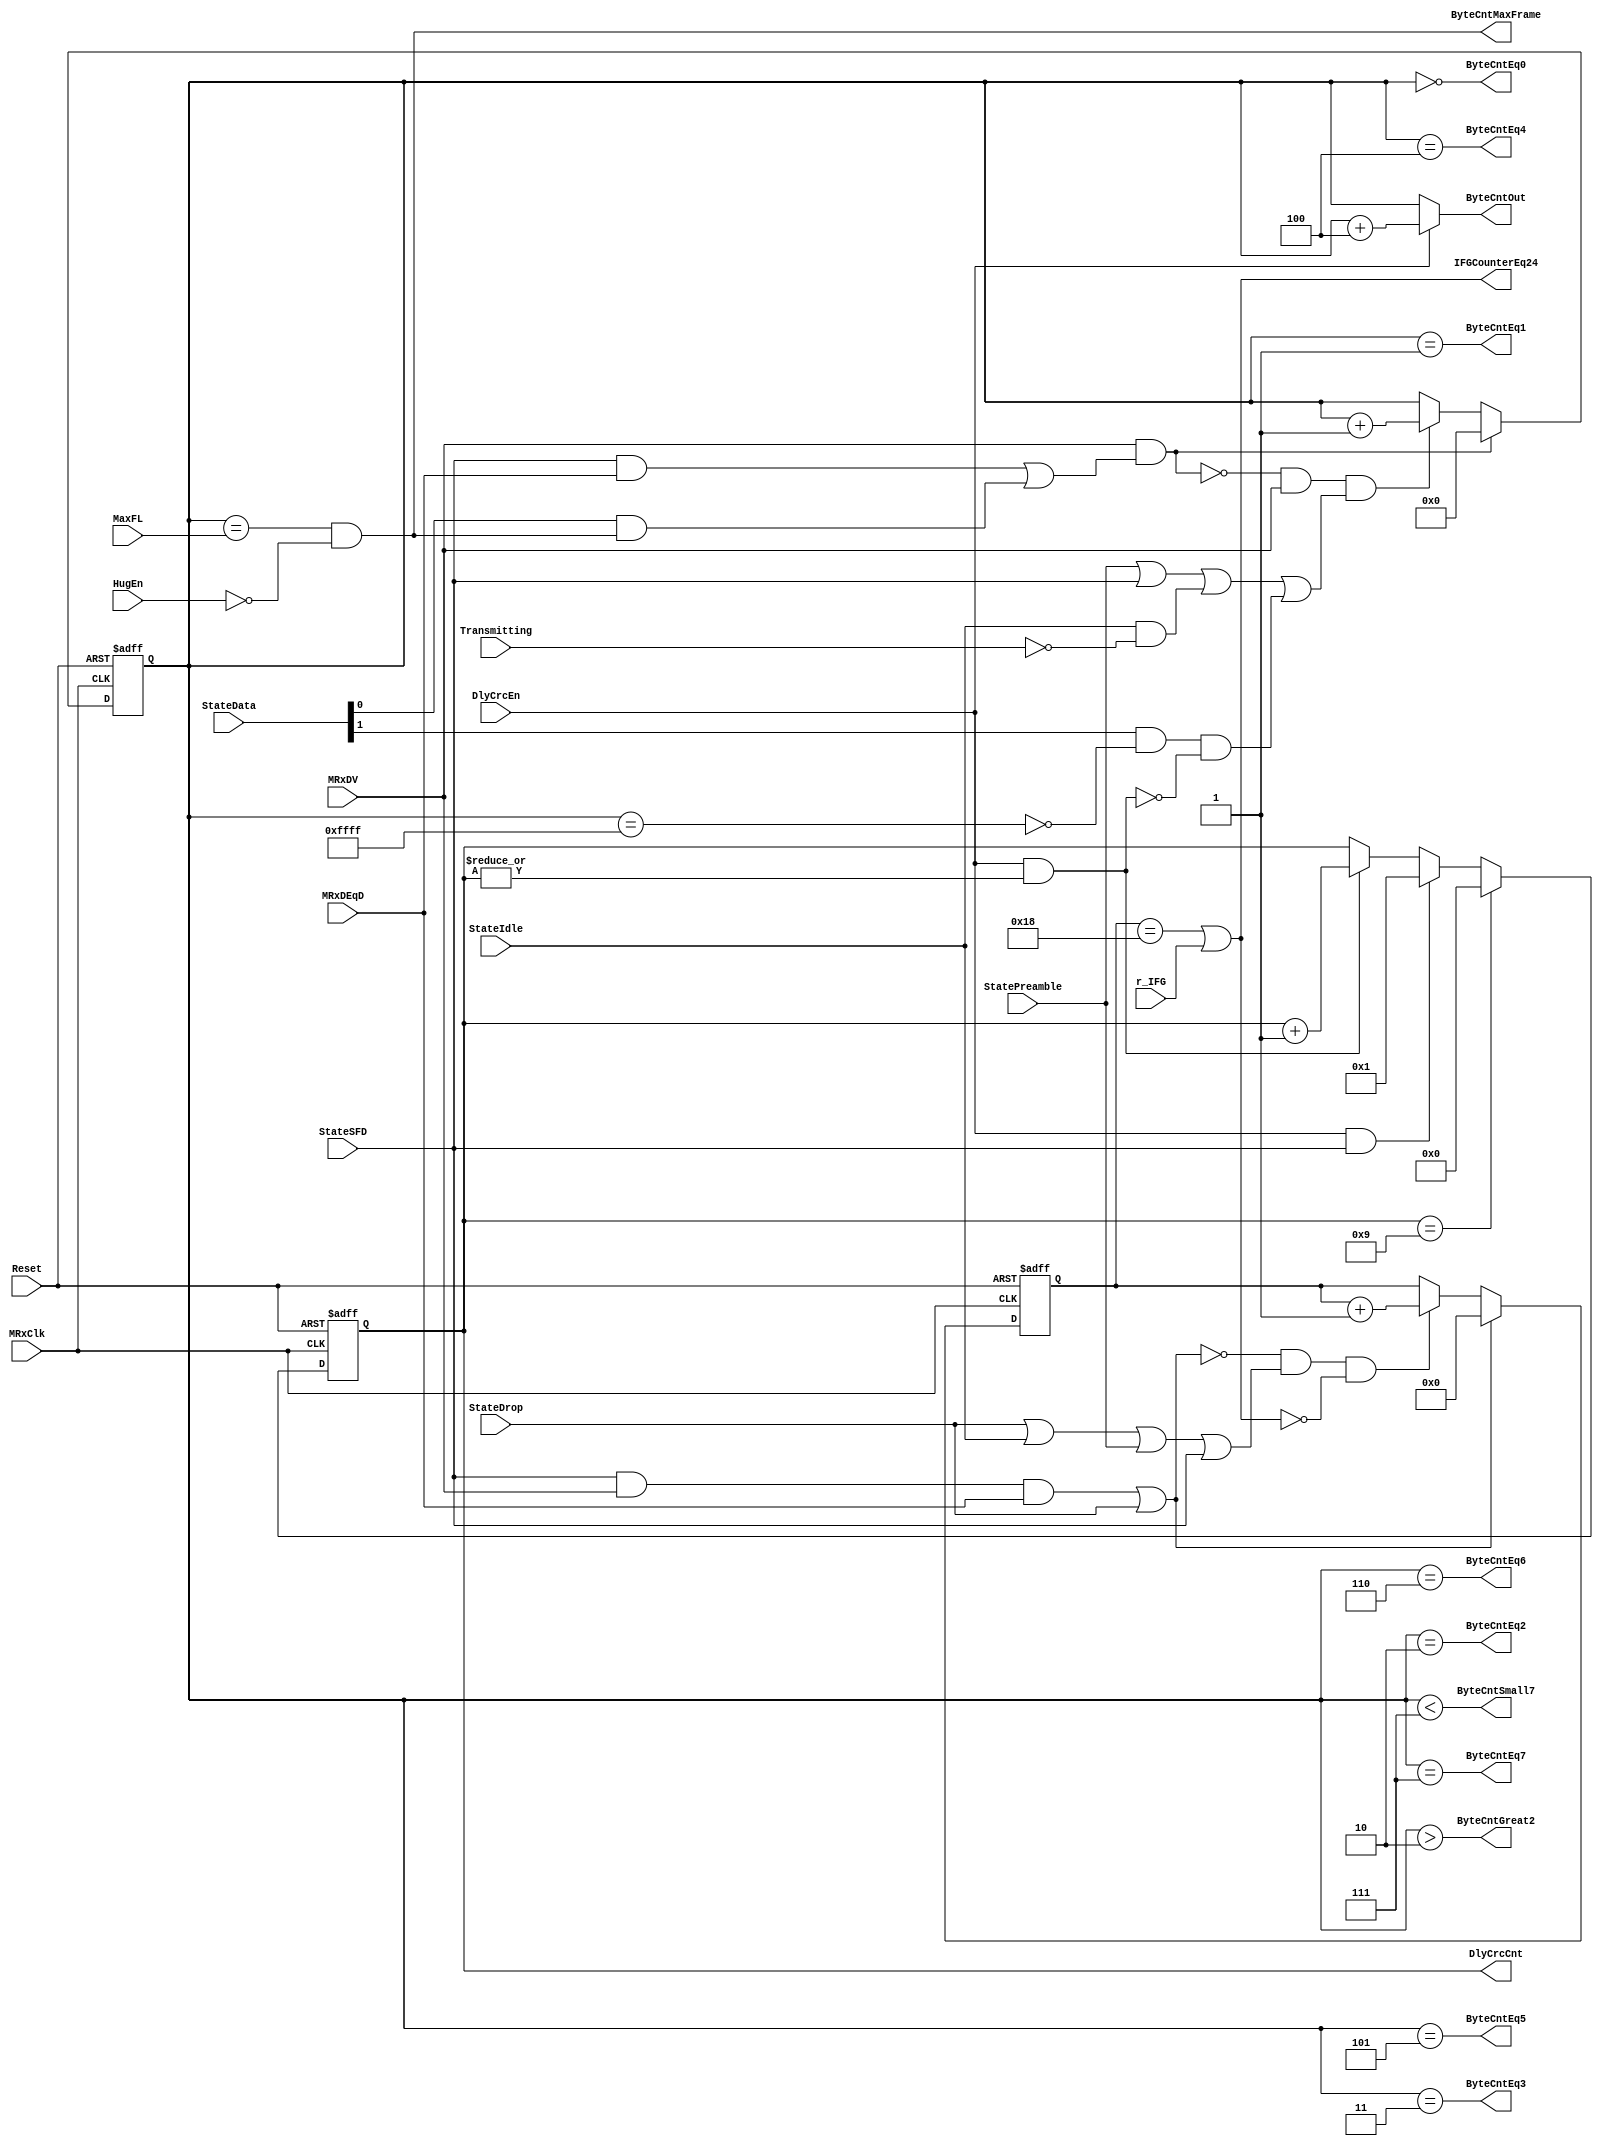
// This program was cloned from: https://github.com/NYU-MLDA/OpenABC
// License: BSD 3-Clause "New" or "Revised" License

module eth_rxcounters 
  (
   MRxClk, Reset, MRxDV, StateIdle, StateSFD, StateData, StateDrop, StatePreamble, 
   MRxDEqD, DlyCrcEn, DlyCrcCnt, Transmitting, MaxFL, r_IFG, HugEn, IFGCounterEq24, 
   ByteCntEq0, ByteCntEq1, ByteCntEq2,ByteCntEq3,ByteCntEq4,ByteCntEq5, ByteCntEq6,
   ByteCntEq7, ByteCntGreat2, ByteCntSmall7, ByteCntMaxFrame, ByteCntOut
   );

input         MRxClk;
input         Reset;
input         MRxDV;
input         StateSFD;
input [1:0]   StateData;
input         MRxDEqD;
input         StateIdle;
input         StateDrop;
input         DlyCrcEn;
input         StatePreamble;
input         Transmitting;
input         HugEn;
input [15:0]  MaxFL;
input         r_IFG;

output        IFGCounterEq24;           // IFG counter reaches 9600 ns (960 ns)
output [3:0]  DlyCrcCnt;                // Delayed CRC counter
output        ByteCntEq0;               // Byte counter = 0
output        ByteCntEq1;               // Byte counter = 1
output        ByteCntEq2;               // Byte counter = 2  
output        ByteCntEq3;               // Byte counter = 3  
output        ByteCntEq4;               // Byte counter = 4  
output        ByteCntEq5;               // Byte counter = 5  
output        ByteCntEq6;               // Byte counter = 6
output        ByteCntEq7;               // Byte counter = 7
output        ByteCntGreat2;            // Byte counter > 2
output        ByteCntSmall7;            // Byte counter < 7
output        ByteCntMaxFrame;          // Byte counter = MaxFL
output [15:0] ByteCntOut;               // Byte counter

wire          ResetByteCounter;
wire          IncrementByteCounter;
wire          ResetIFGCounter;
wire          IncrementIFGCounter;
wire          ByteCntMax;

reg   [15:0]  ByteCnt;
reg   [3:0]   DlyCrcCnt;
reg   [4:0]   IFGCounter;

wire  [15:0]  ByteCntDelayed;



assign ResetByteCounter = MRxDV & (StateSFD & MRxDEqD | StateData[0] & ByteCntMaxFrame);

assign IncrementByteCounter = ~ResetByteCounter & MRxDV & 
                              (StatePreamble | StateSFD | StateIdle & ~Transmitting |
                               StateData[1] & ~ByteCntMax & ~(DlyCrcEn & |DlyCrcCnt)
                              );


always @ (posedge MRxClk or posedge Reset)
begin
  if(Reset)
    ByteCnt[15:0] <=  16'd0;
  else
    begin
      if(ResetByteCounter)
        ByteCnt[15:0] <=  16'd0;
      else
      if(IncrementByteCounter)
        ByteCnt[15:0] <=  ByteCnt[15:0] + 16'd1;
     end
end

assign ByteCntDelayed = ByteCnt + 16'd4;
assign ByteCntOut = DlyCrcEn ? ByteCntDelayed : ByteCnt;

assign ByteCntEq0       = ByteCnt == 16'd0;
assign ByteCntEq1       = ByteCnt == 16'd1;
assign ByteCntEq2       = ByteCnt == 16'd2; 
assign ByteCntEq3       = ByteCnt == 16'd3; 
assign ByteCntEq4       = ByteCnt == 16'd4; 
assign ByteCntEq5       = ByteCnt == 16'd5; 
assign ByteCntEq6       = ByteCnt == 16'd6;
assign ByteCntEq7       = ByteCnt == 16'd7;
assign ByteCntGreat2    = ByteCnt >  16'd2;
assign ByteCntSmall7    = ByteCnt <  16'd7;
assign ByteCntMax       = ByteCnt == 16'hffff;
assign ByteCntMaxFrame  = ByteCnt == MaxFL[15:0] & ~HugEn;


assign ResetIFGCounter = StateSFD  &  MRxDV & MRxDEqD | StateDrop;

assign IncrementIFGCounter = ~ResetIFGCounter & (StateDrop | StateIdle | StatePreamble | StateSFD) & ~IFGCounterEq24;

always @ (posedge MRxClk or posedge Reset)
begin
  if(Reset)
    IFGCounter[4:0] <=  5'h0;
  else
    begin
      if(ResetIFGCounter)
        IFGCounter[4:0] <=  5'h0;
      else
      if(IncrementIFGCounter)
        IFGCounter[4:0] <=  IFGCounter[4:0] + 5'd1; 
    end
end



assign IFGCounterEq24 = (IFGCounter[4:0] == 5'h18) | r_IFG; // 24*400 = 9600 ns or r_IFG is set to 1


always @ (posedge MRxClk or posedge Reset)
begin
  if(Reset)
    DlyCrcCnt[3:0] <=  4'h0;
  else
    begin
      if(DlyCrcCnt[3:0] == 4'h9)
        DlyCrcCnt[3:0] <=  4'h0;
      else
      if(DlyCrcEn & StateSFD)
        DlyCrcCnt[3:0] <=  4'h1;
      else
      if(DlyCrcEn & (|DlyCrcCnt[3:0]))
        DlyCrcCnt[3:0] <=  DlyCrcCnt[3:0] + 4'd1;
    end
end


endmodule